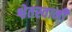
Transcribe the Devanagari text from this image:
श्वेतस्वामी